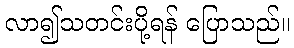
လာ၍သတင်းပို့ရန် ပြောသည်။